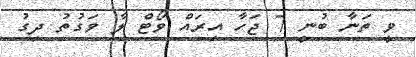
ވީ ތަނާ ބުނީ 7 ޖަހާ އިރައް ވޯޓް ލާ ވަގުތު ދިގު